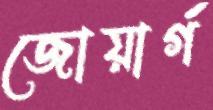
জোয়ার্গ